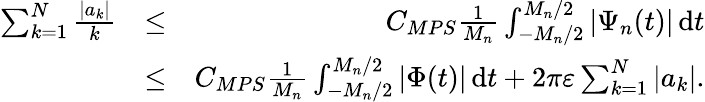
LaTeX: \begin{array}{rlr}{\sum_{k=1}^{N}\frac{|a_{k}|}{k}}&{\leq}&{C_{MPS}\frac{1}{M_{n}}\int_{-M_{n}/2}^{M_{n}/2}|\Psi_{n}(t)|\, \mathrm{d}t}\\ &{\leq}&{C_{MPS}\frac{1}{M_{n}}\int_{-M_{n}/2}^{M_{n}/2}|\Phi(t)|\, \mathrm{d}t+2\pi\varepsilon\sum_{k=1}^{N}|a_{k}|.}\end{array}